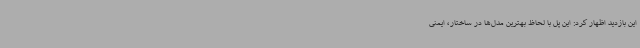
این بازدید اظهار کرد: این پل با لحاظ بهترین مدل‌ها در ساختار، ایمنی